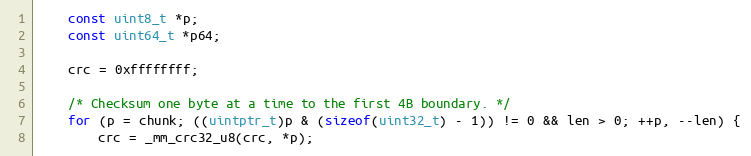
Language: C
    const uint8_t *p;
    const uint64_t *p64;

    crc = 0xffffffff;

    /* Checksum one byte at a time to the first 4B boundary. */
    for (p = chunk; ((uintptr_t)p & (sizeof(uint32_t) - 1)) != 0 && len > 0; ++p, --len) {
        crc = _mm_crc32_u8(crc, *p);